Civil Veterinary Dept. Bombay admin report 1932-41 - 1932-1941
Year: 1932
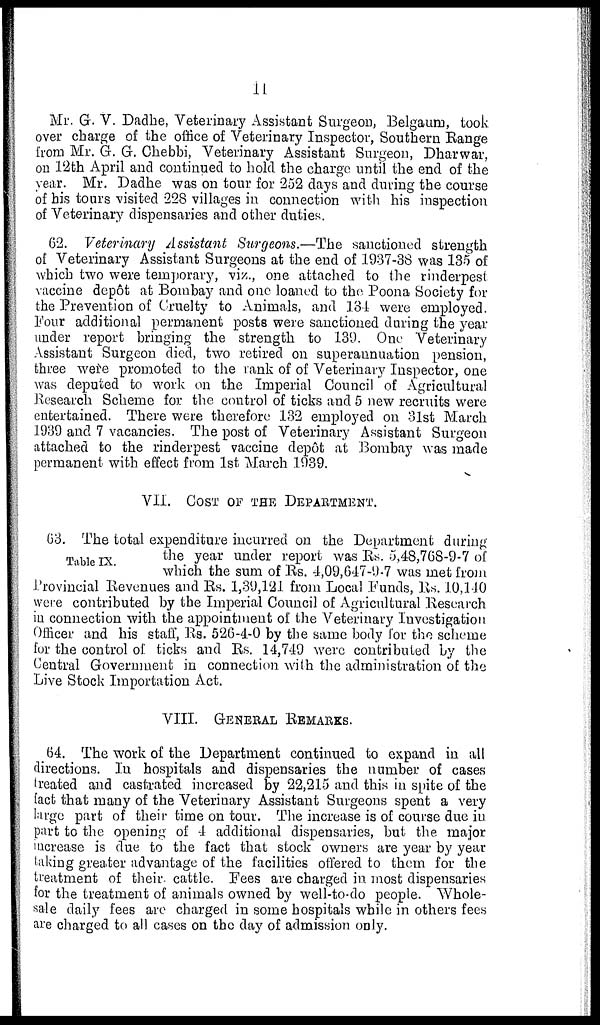
11
Mr. G. V. Dadhe, Veterinary Assistant Surgeon, Belgaum, took
over charge of the office of Veterinary Inspector, Southern Range
from Mr. G. G. Chebbi, Veterinary Assistant Surgeon, Dharwar,
on 12th April and continued to hold the charge until the end of the
year. Mr. Dadhe was on tour for 252 days and during the course
of his tours visited 228 villages in connection with his inspection
of Veterinary dispensaries and other duties.
62. Veterinary Assistant Surgeons.—The sanctioned strength
of Veterinary Assistant Surgeons at the end of 1937-38 was 135 of
which two were temporary, viz., one attached to the rinderpest
vaccine depôt at Bombay and one loaned to the Poona Society for
the Prevention of Cruelty to Animals, and 134 were employed.
Four additional permanent posts were sanctioned during the year
under report bringing the strength to 139. One Veterinary
Assistant Surgeon died, two retired on superannuation pension,
three were promoted to the rank of of Veterinary Inspector, one
was deputed to work on the Imperial Council of Agricultural
Research Scheme for the control of ticks and 5 new recruits were
entertained. There were therefore 132 employed on 31st March
1939 and 7 vacancies. The post of Veterinary Assistant Surgeon
attached to the rinderpest vaccine depôt at Bombay was made
permanent with effect from 1st March 1939.
VII. COST OF THE DEPARTMENT.
Table IX.
63. The total expenditure incurred on the Department during
the year under report was Rs. 5,48,768-9-7 of
which the sum of Rs. 4,09,647-9-7 was met from
Provincial Revenues and Rs. 1,39,121 from Local Funds, Rs. 10,140
were contributed by the Imperial Council of Agricultural Research
in connection with the appointment of the Veterinary Investigation
Officer and his staff, Rs. 526-4-0 by the same body for the scheme
for the control of ticks and Rs. 14,749 were contributed by the
Central Government in connection with the administration of the
Live Stock Importation Act.
VIII. GENERAL REMARKS.
64. The work of the Department continued to expand in all
directions. In hospitals and dispensaries the number of cases
treated and castrated increased by 22,215 and this in spite of the
fact that many of the Veterinary Assistant Surgeons spent a very
large part of their time on tour. The increase is of course due in
part to the opening of 4 additional dispensaries, but the major
increase is due to the fact that stock owners are year by year
taking greater advantage of the facilities offered to them for the
treatment of their cattle. Fees are charged in most dispensaries
for the treatment of animals owned by well-to-do people. Whole-
sale daily fees are charged in some hospitals while in others fees
are charged to all cases on the day of admission only.